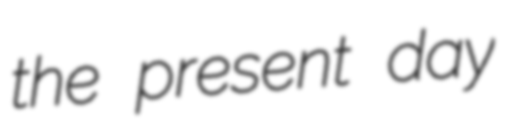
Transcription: the present day